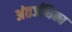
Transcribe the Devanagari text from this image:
अंतर्जंघिका